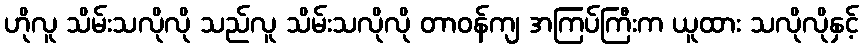
ဟိုလူ သိမ်းသလိုလို သည်လူ သိမ်းသလိုလို တာဝန်ကျ အကြပ်ကြီးက ယူထား သလိုလိုနှင့်